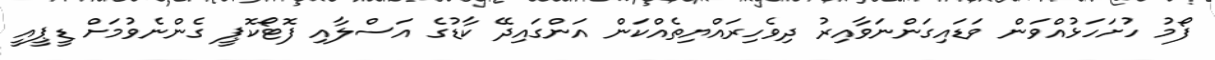
ފޯމު ހުށަހަޅުއްވަން ވަޑައިގަންނަވާއިރު ދިވެހިރައްޔިތެއްކަން އަންގައިދޭ ކާޑުގެ އަސްލާއި ފޮޓޯކޮޕީ ގެންނެވުމަށް ޑީޕީއީ